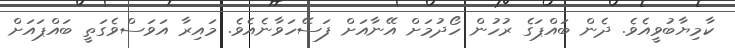
ކާމިޔާބުވީއެވެ. ދެން ބައްޕަގެ ރުހުން ހޯދުމަށް އޭނާއަށް ފަސޭހަވާނެއެވެ. މައިރާ އަވަސްވެގަތީ ބައްޕައަށް